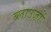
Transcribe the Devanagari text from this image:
ब्लाउजों